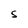
Character: S